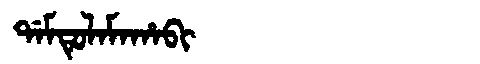
Manchu: ᡩᠠᠮᡨᡠᠯᠠᠮᠠᡥᠠᠪᡳ
Romanization: DAMTULAMAHABI